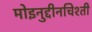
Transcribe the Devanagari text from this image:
मोइनुद्दीनचिश्ती